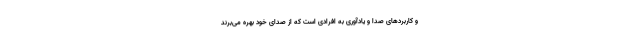
و کاربردهای صدا و یادآوری به افرادی است که از صدای خود بهره می‌برند